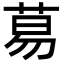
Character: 䓪